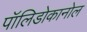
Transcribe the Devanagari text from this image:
पॉलिडोकानोल